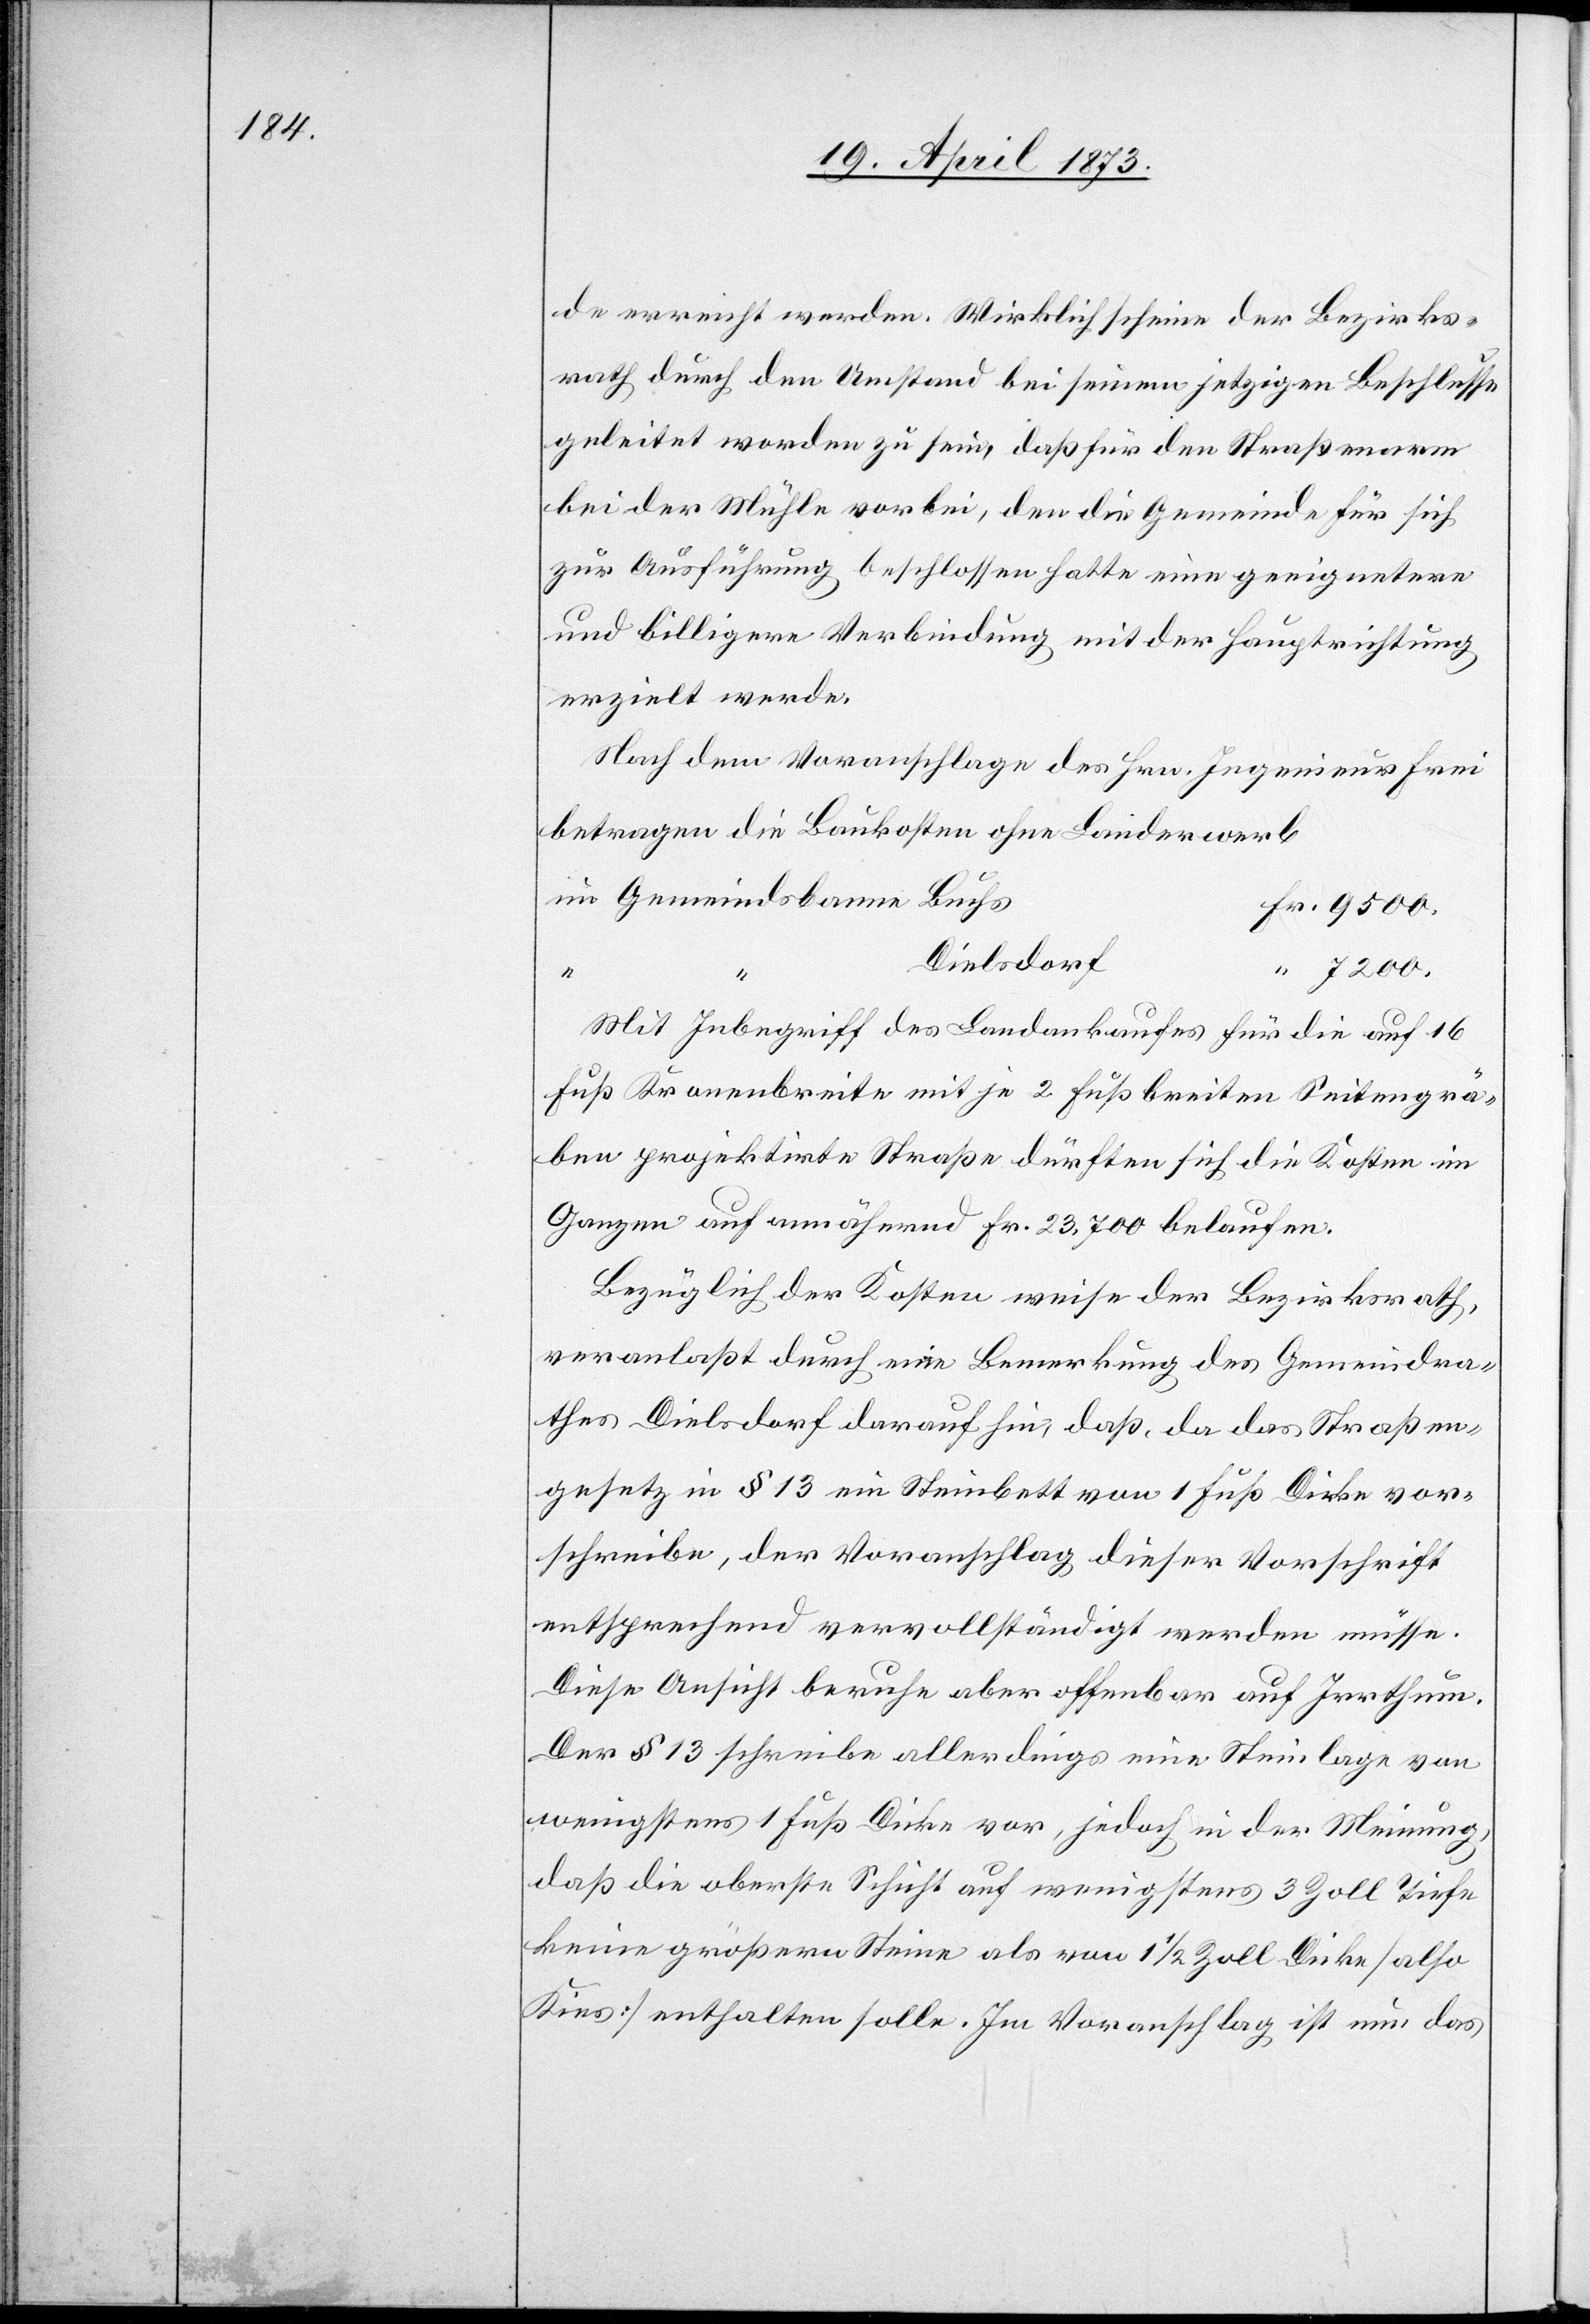
de erreicht werden. Wirklich scheine der Bezirks¬
rath durch den Umstand bei seinem jetzigen Beschlusse
geleitet worden zu sein, daß für den Straßenarm
bei der Mühle vorbei, den die Gemeinde für sich
zur Ausführung beschlossen hatte eine geeignetere
und billigere Verbindung mit der Hauptrichtung
erzielt werde.
Nach dem Voranschlage des Hrn. Ingenieur Frei
betragen die Baukosten ohne Landerwerb
Dielsdorf
Mit Inbegriff des Landankaufes für die auf 16
Fuß Kronenbreite mit je 2 Fuß breiten Seitengrä¬
ben projektirte Straße dürften sich die Kosten im
Ganzen auf annähernd Fr. 23,700 belaufen.
Bezüglich der Kosten weise der Bezirksrath,
veranlaßt durch eine Bemerkung des Gemeindra¬
thes Dielsdorf darauf hin, daß, da das Straßen¬
gesetz in § 13 ein Steinbett von 1 Fuß Dicke vor¬
schreibe, der Voranschlag dieser Vorschrift
entsprechend vervollständigt werden müsse.
Diese Ansicht beruhe aber offenbar auf Irrthum.
Der § 13 schreibe allerdings eine Steinlage von
wenigstens 1 Fuß Dicke vor, jedoch in der Meinung,
daß die oberste Schicht auf wenigstens 3 Zoll Tiefe
keine größern Steine als von 1 1/2 Zoll Dicke [also
Kies] enthalten solle. Im Voranschlag ist nun das